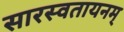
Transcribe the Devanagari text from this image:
सारस्वतायनम्